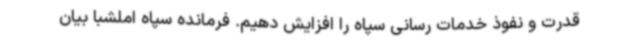
قدرت و نفوذ خدمات رسانی سپاه را افزایش دهیم. فرمانده سپاه املشبا بیان